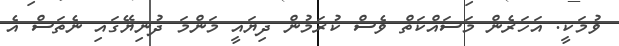
ވުމަކީ. އަހަރެން މަސައްކަތް ވެސް ކުރަމުން ދިޔައީ މަންމަ ދުނިޔޭގައި ނެތަސް އެ